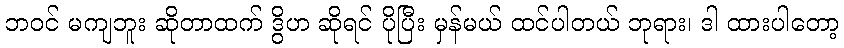
ဘဝင် မကျဘူး ဆိုတာထက် ဒွိဟ ဆိုရင် ပိုပြီး မှန်မယ် ထင်ပါတယ် ဘုရား၊ ဒါ ထားပါတော့